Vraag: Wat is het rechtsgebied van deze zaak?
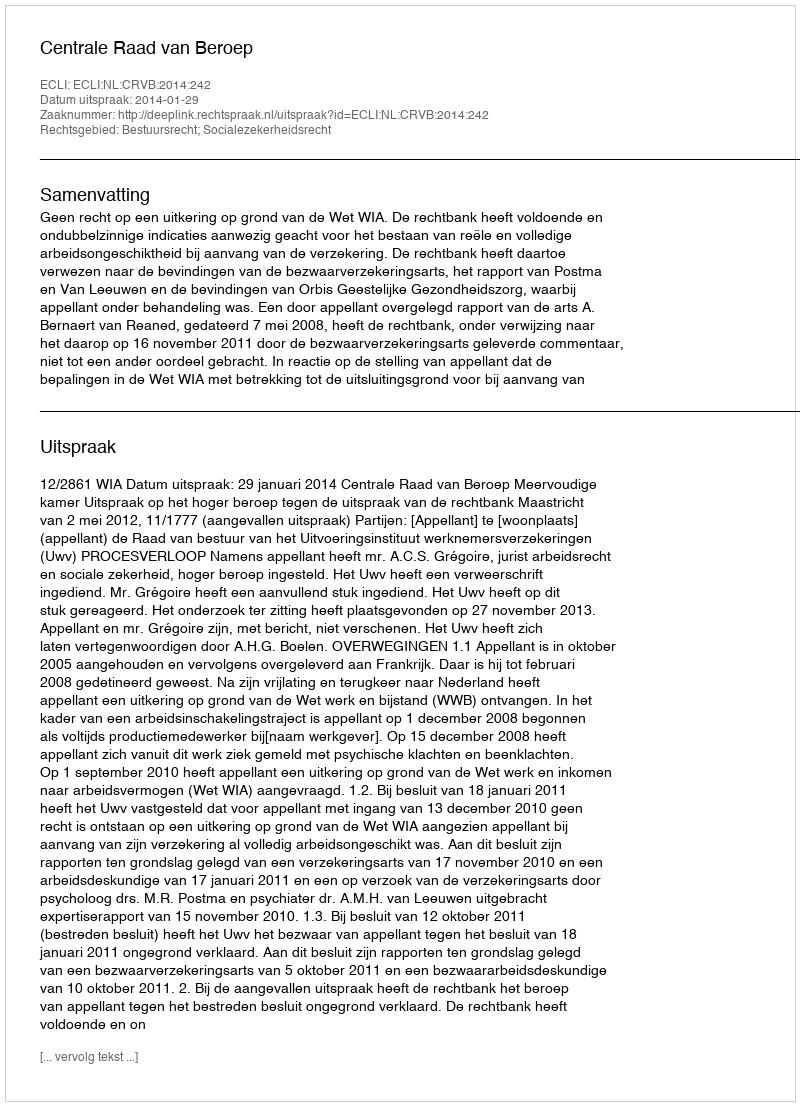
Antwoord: Bestuursrecht; Socialezekerheidsrecht